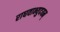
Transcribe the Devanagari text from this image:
राघवाभ्युदयम्